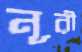
নূরী